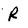
Character: R